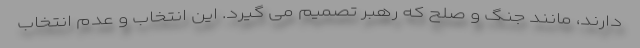
دارند، مانند جنگ و صلح که رهبر تصمیم می گیرد. این انتخاب و عدم انتخاب